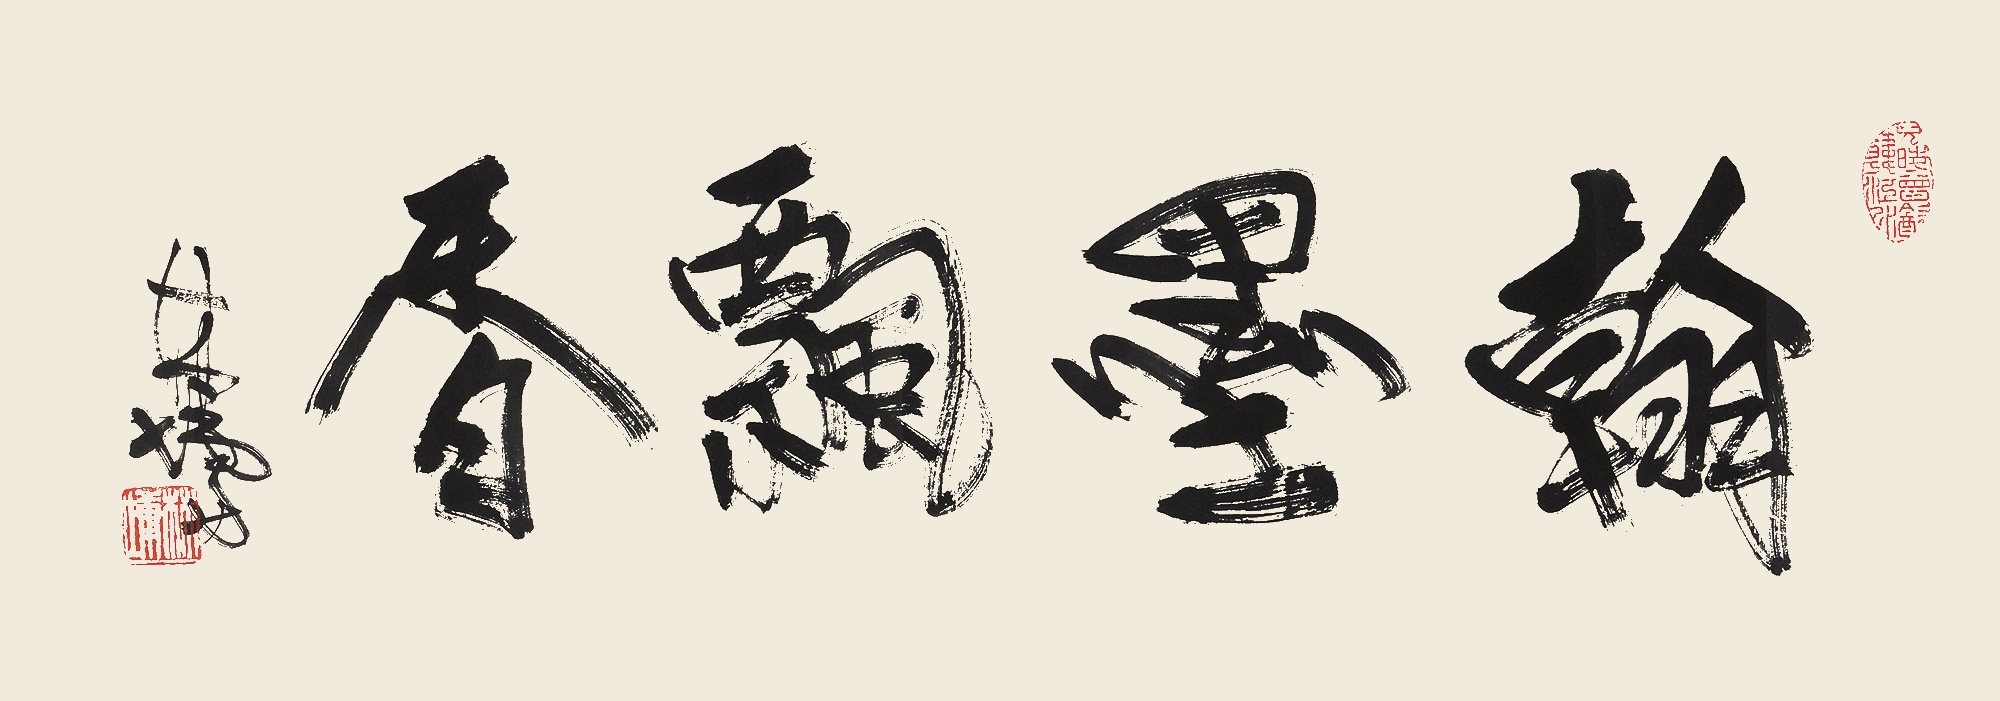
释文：翰墨飘香，林墉。